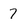
Character: 7